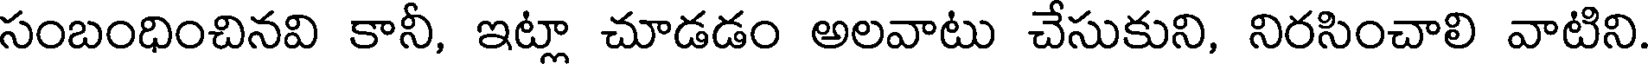
సంబంధించినవి కానీ, ఇట్లా చూడడం అలవాటు చేసుకుని, నిరసించాలి వాటిని